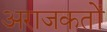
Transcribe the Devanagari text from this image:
अराजकतों